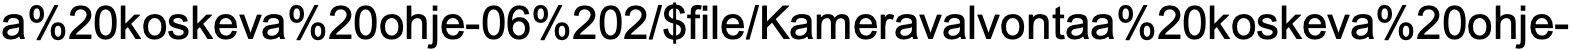
a%20koskeva%20ohje-06%202/$file/Kameravalvontaa%20koskeva%20ohje-